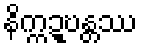
နိက္ကဍ္ဎန္တဿ